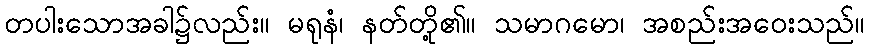
တပါးသောအခါ၌လည်း။ မရုနံ၊ နတ်တို့၏။ သမာဂမော၊ အစည်းအဝေးသည်။